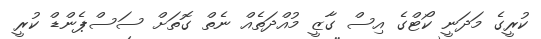
ކުރީގެ މަދަނީ ކޯޓްގެ އިސް ގާޒީ މުއްދަތެއް ނެތް ގޮތަށް ސަސްޕެންޑް ކުރީ